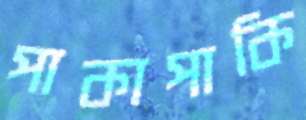
পাকাপাকি